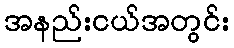
အနည်းငယ်အတွင်း